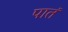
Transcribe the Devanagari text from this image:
पातं